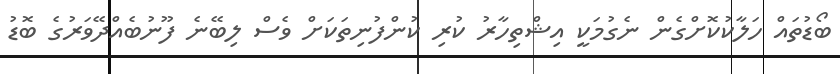
ބޯޑުތައް ހަލާކުކޮށްގެން ނެގުމަކީ އިޝްތިހާރު ކުރި ކުންފުނިތަކަށް ވެސް ލިބޭނެ ފޫނުބެއްދޭވަރުގެ ބޮޑު